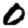
Digit: 0